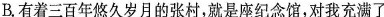
B.有着三百年悠久岁月的张村，就是座纪念馆，对我充满了